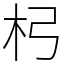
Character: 杛